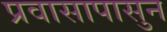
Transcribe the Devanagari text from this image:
प्रवासापासुन